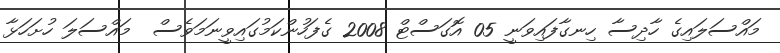
މައްސަލައިގެ ހާދިސާ ހިނގާފައިވަނީ 05 އޮގަސްޓް 2008 ގެފަހުންކަމުގައިވީނަމަވެސް  މައްސަލަ ހުށަހަޅާ